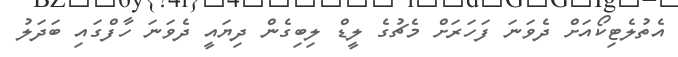
އެތުލެޓިކޯއަށް ދެވަނަ ފަހަރަށް މެޗުގެ ލީޑް ލިބިގެން ދިޔައީ ދެވަނަ ހާފްގައި ބަދަލު